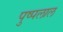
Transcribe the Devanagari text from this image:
पुष्पलाल